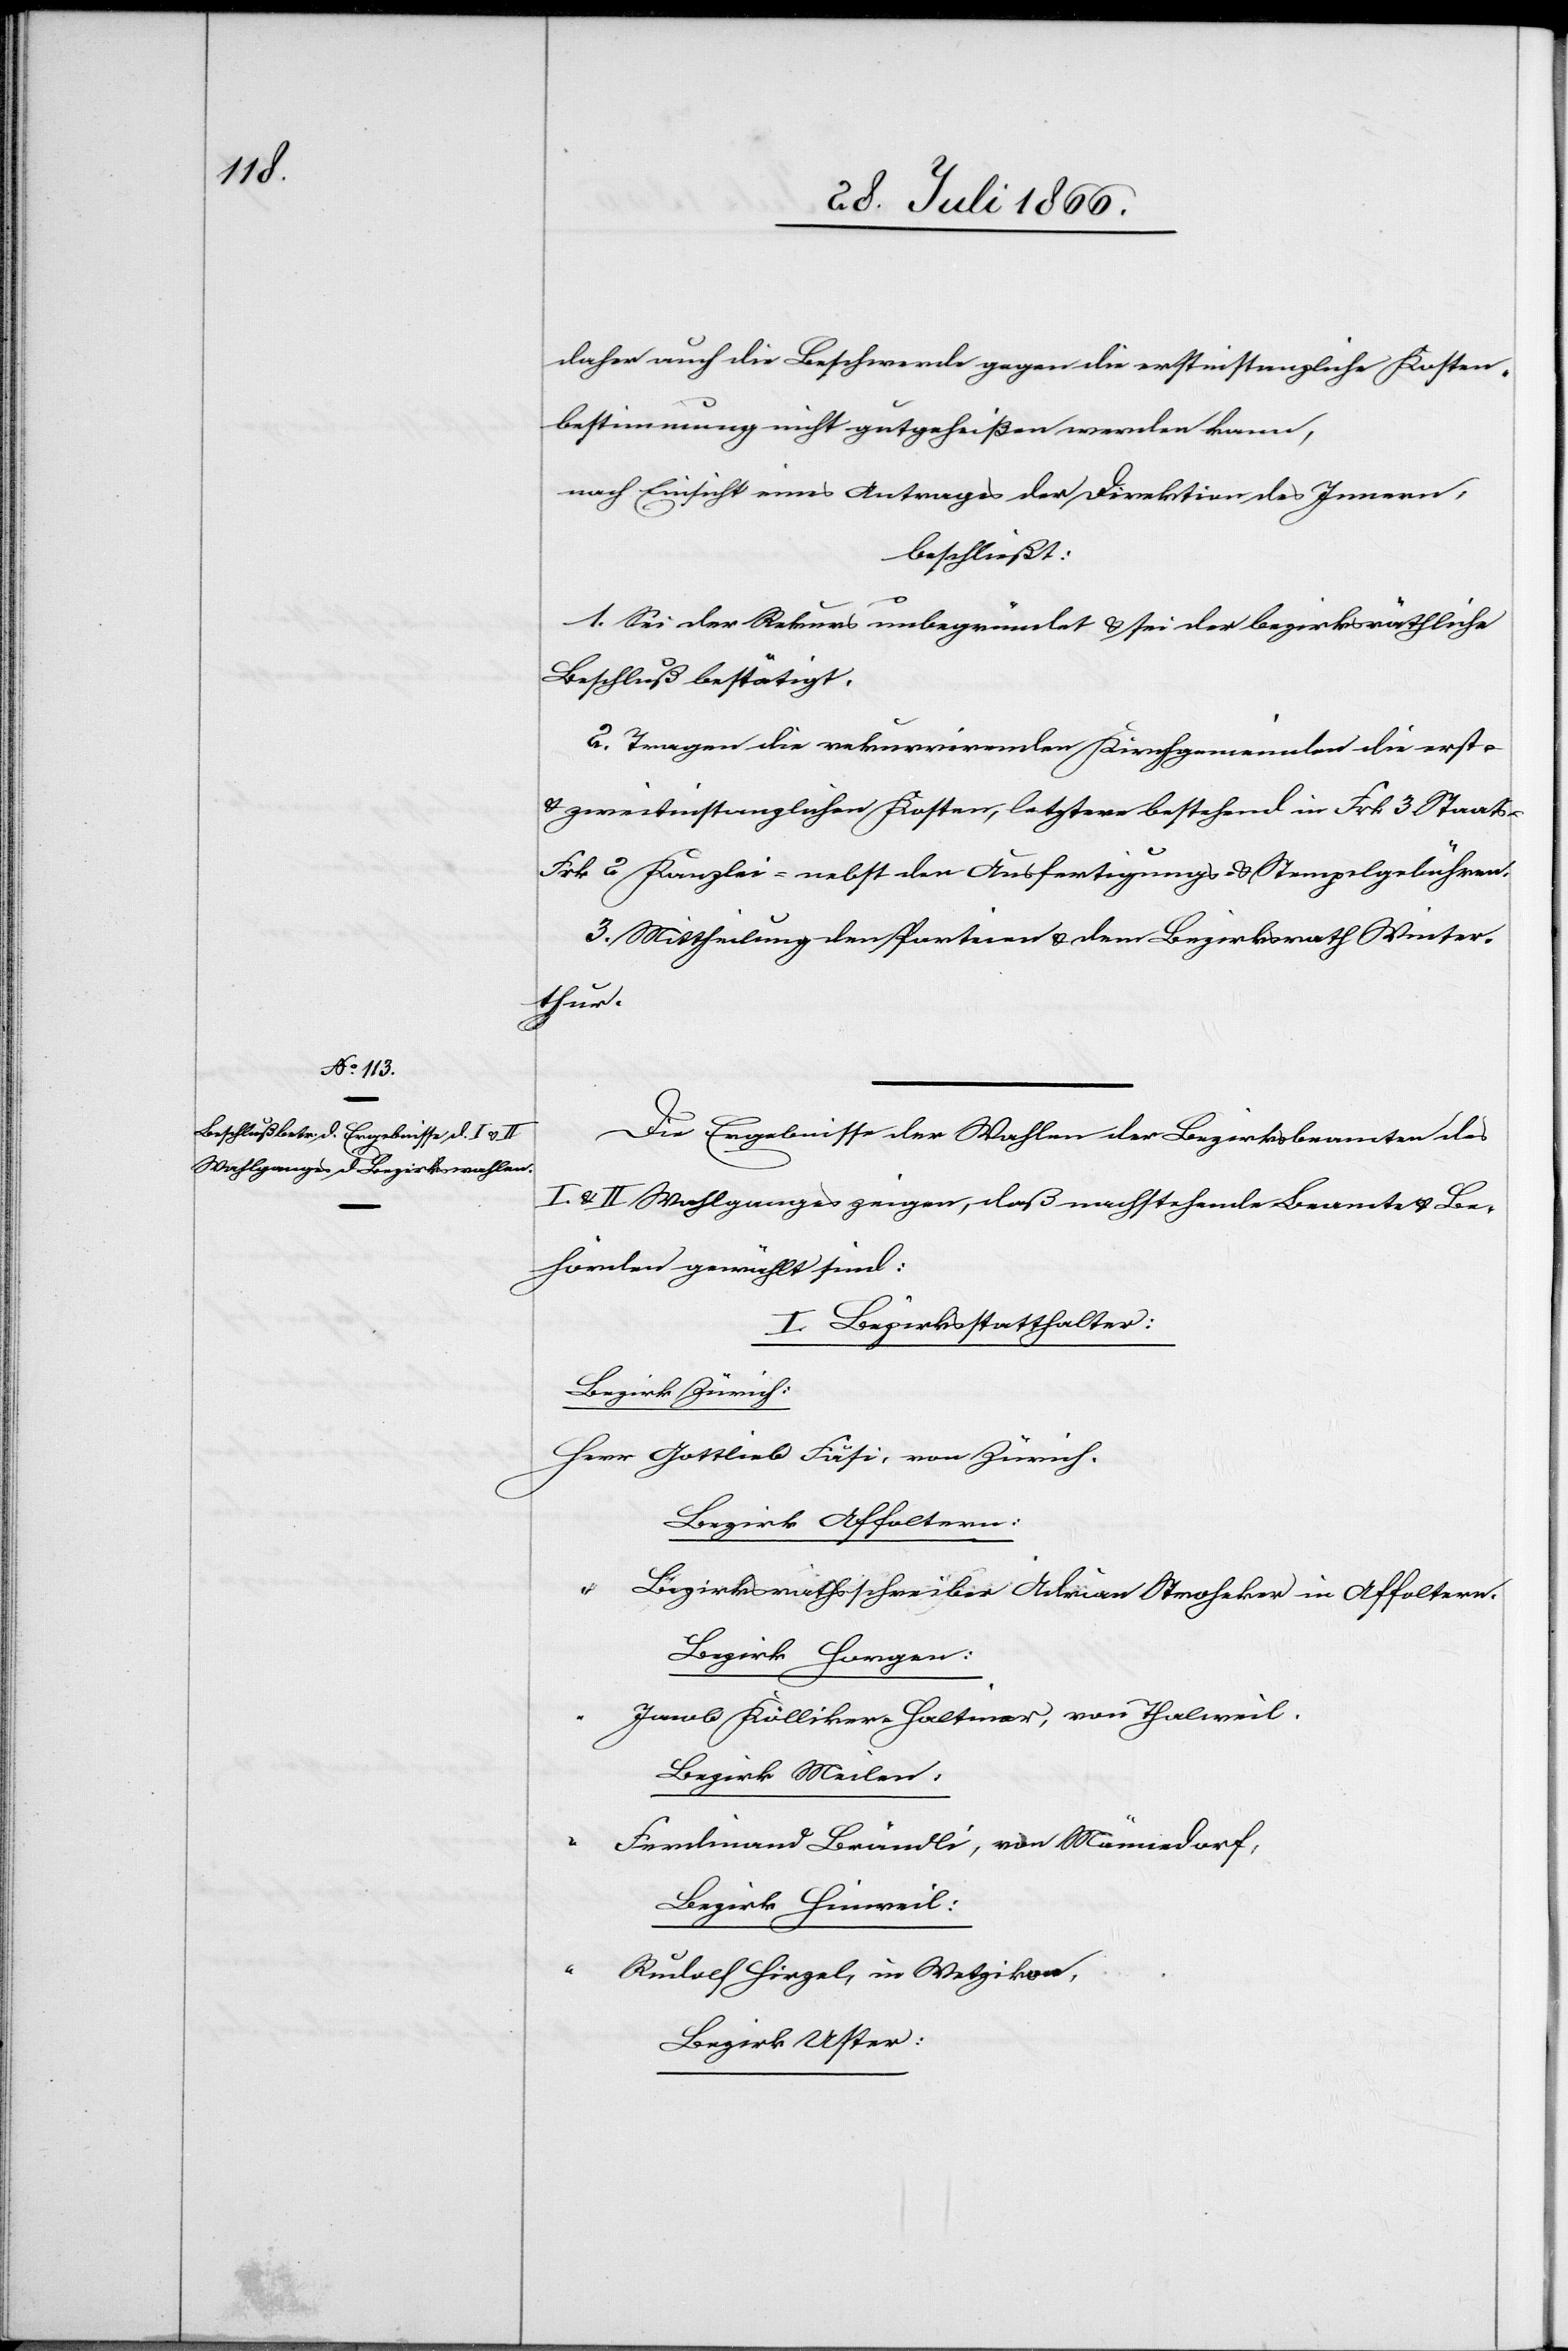
daher auch die Beschwerde gegen die erstinstanzliche Kosten¬
bestimmung nicht gutgeheißen werden kann,
nach Einsicht eines Antrages der Direktion des Innern,
beschließt:
1. Sei der Rekurs unbegründet u. sei der bezirksräthliche
Beschluß bestätigt.
2. Tragen die rekurrirenden Kirchgemeinden die erst-
u. zweitinstanzlichen Kosten, letztere bestehend in Frk. 3 Staats-[,]
Frk. 2 Kanzlei- nebst den Ausfertigungs- u. Stempelgebühren.
3. Mittheilung den Parteien u. dem Bezirksrath Winter¬
thur.
Die Ergebnisse der Wahlen der Bezirksbeamten des
u. II. Wahlganges zeigen, daß nachstehende Beamte u. Be¬
hörden gewählt sind:
I. Bezirksstatthalter:
Bezirk Zürich:
Gottlieb Fäsi, von Zürich.
Bezirk Affoltern:
“
Bezirksrathsschreiber Adrian Stroheker in Affoltern.
Bezirk Horgen:
“
Jacob Kölliker Haltiner, von Thalweil.
Bezirk Meilen:
Ferdinand Brändli, von Männedorf,
Bezirk Hinweil:
Rudolf Hirgel, in Wetzikon,
Bezirk Uster: